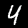
Label: 4